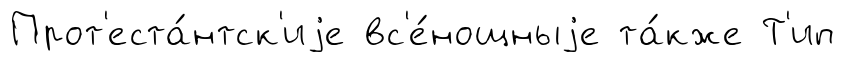
Прот'еста́нтск'иjе вс'е́нощныjе та́кже Т'ип